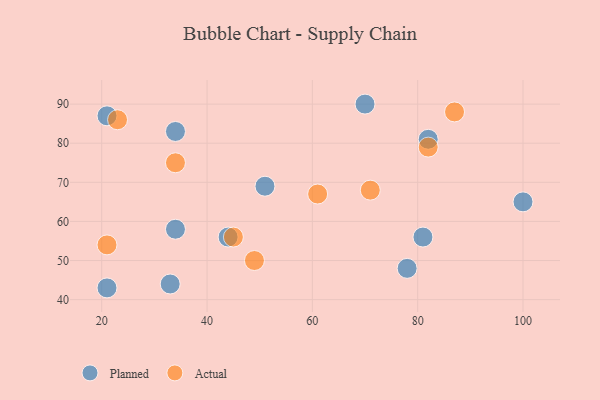
{"axis": {"x": "GDP", "y": "Life Expectancy"}, "legend": ["Actual", "Planned"], "data": [{"x": "21", "y": 87, "type": "Planned"}, {"x": "78", "y": 48, "type": "Planned"}, {"x": "81", "y": 56, "type": "Planned"}, {"x": "21", "y": 43, "type": "Planned"}, {"x": "51", "y": 69, "type": "Planned"}, {"x": "44", "y": 56, "type": "Planned"}, {"x": "33", "y": 44, "type": "Planned"}, {"x": "34", "y": 58, "type": "Planned"}, {"x": "34", "y": 83, "type": "Planned"}, {"x": "82", "y": 81, "type": "Planned"}, {"x": "100", "y": 65, "type": "Planned"}, {"x": "70", "y": 90, "type": "Planned"}, {"x": "23", "y": 86, "type": "Actual"}, {"x": "87", "y": 88, "type": "Actual"}, {"x": "82", "y": 79, "type": "Actual"}, {"x": "71", "y": 68, "type": "Actual"}, {"x": "34", "y": 75, "type": "Actual"}, {"x": "49", "y": 50, "type": "Actual"}, {"x": "61", "y": 67, "type": "Actual"}, {"x": "45", "y": 56, "type": "Actual"}, {"x": "21", "y": 54, "type": "Actual"}]}